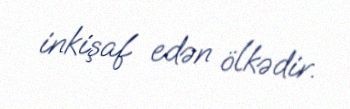
inkişaf edən ölkədir.